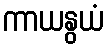
ကာယနွယံ